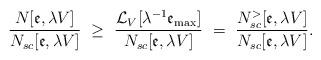
LaTeX: \begin{align*}\frac{N[\mathfrak{e},\lambda V]}{N_{sc}[\mathfrak{e},\lambda V]}\ \geq \ \frac{\mathcal{L}_{V}[\lambda^{-1}{\mathfrak{e}_{\mathrm{max}}}]}{N_{sc}[\mathfrak{e},\lambda V]}\ =\ \frac{N_{sc}^{>}[\mathfrak{e},\lambda V]}{N_{sc}[\mathfrak{e},\lambda V]}. \end{align*}